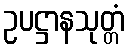
ဥပဋ္ဌာနသုတ္တံ